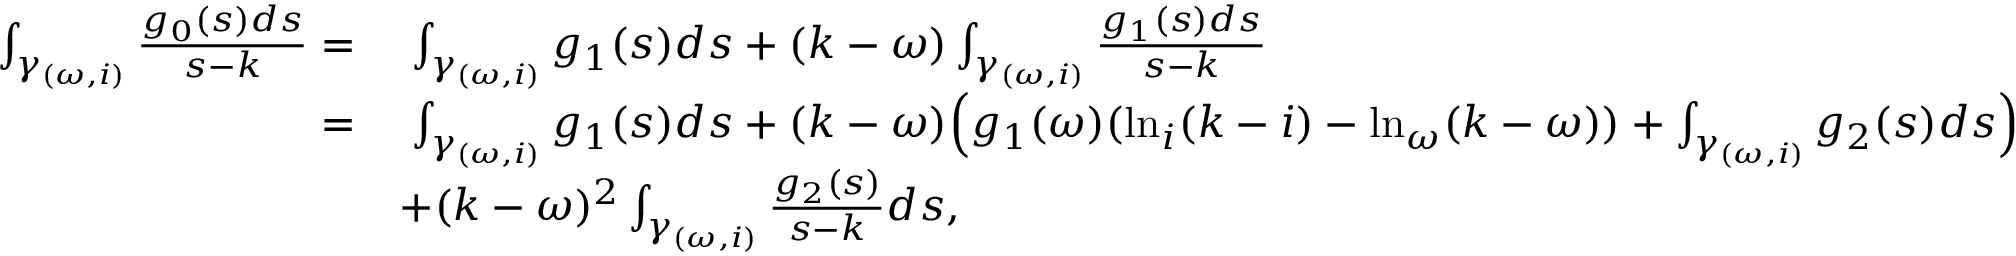
\begin{array} { r l } { \int _ { \gamma _ { ( \omega , i ) } } \frac { g _ { 0 } ( s ) d s } { s - k } = } & { \; \int _ { \gamma _ { ( \omega , i ) } } g _ { 1 } ( s ) d s + ( k - \omega ) \int _ { \gamma _ { ( \omega , i ) } } \frac { g _ { 1 } ( s ) d s } { s - k } } \\ { = } & { \; \int _ { \gamma _ { ( \omega , i ) } } g _ { 1 } ( s ) d s + ( k - \omega ) \Big ( g _ { 1 } ( \omega ) ( \ln _ { i } ( k - i ) - \ln _ { \omega } ( k - \omega ) ) + \int _ { \gamma _ { ( \omega , i ) } } g _ { 2 } ( s ) d s \Big ) } \\ & { + ( k - \omega ) ^ { 2 } \int _ { \gamma _ { ( \omega , i ) } } \frac { g _ { 2 } ( s ) } { s - k } d s , } \end{array}